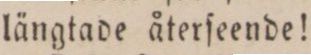
längtade återſeende!